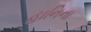
હાનિના